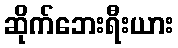
ဆိုက်ဘေးရီးယား